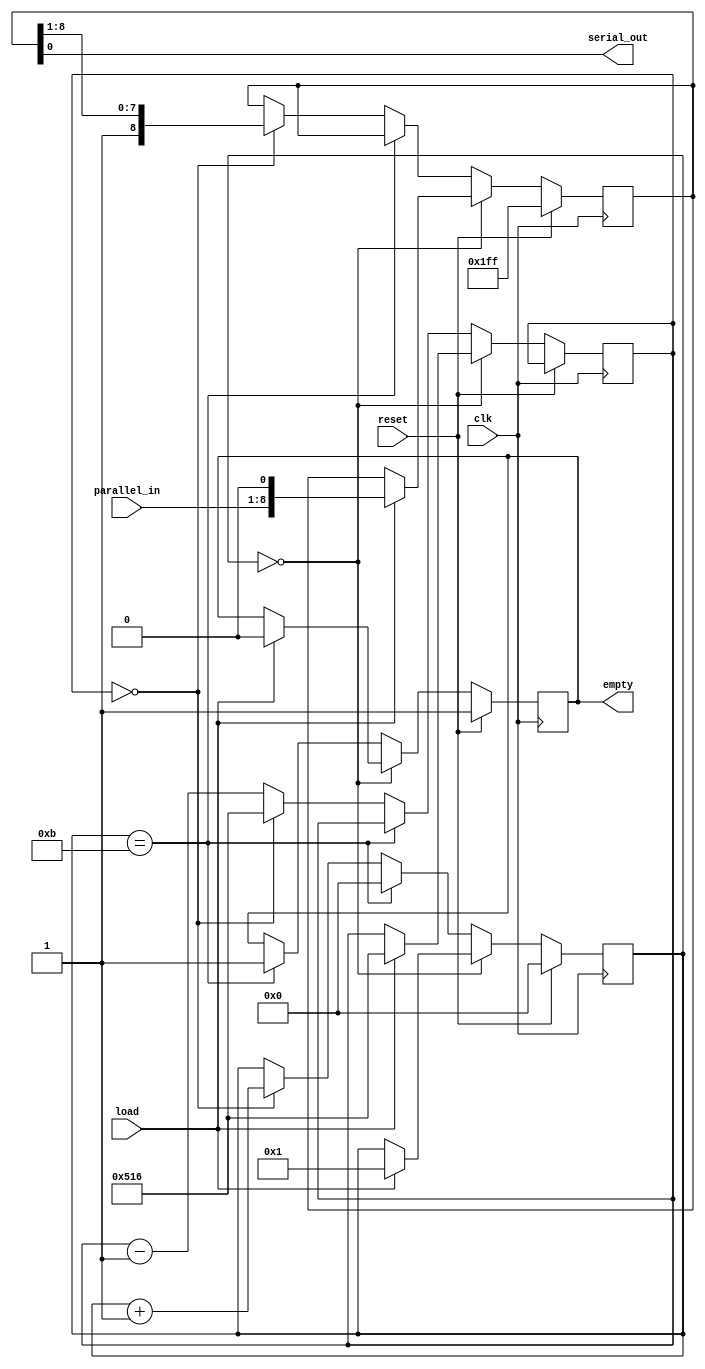
//
// xmt.v -- serial line transmitter
//


`timescale 1ns/10ps
`default_nettype none


module xmt(clk, reset, load, empty, parallel_in, serial_out);
    input clk;
    input reset;
    input load;
    output reg empty;
    input [7:0] parallel_in;
    output serial_out;

  reg [3:0] state;
  reg [8:0] shift;
  reg [10:0] count;

  assign serial_out = shift[0];

  always @(posedge clk) begin
    if (reset) begin
      state <= 4'h0;
      shift <= 9'b111111111;
      empty <= 1'b1;
    end else begin
      if (state == 4'h0) begin
        if (load) begin
          state <= 4'h1;
          shift <= { parallel_in, 1'b0 };
          count <= 11'd1302;
          empty <= 1'b0;
        end
      end else
      if (state == 4'hb) begin
        state <= 4'h0;
        empty <= 1'b1;
      end else begin
        if (count == 11'd0) begin
          state <= state + 4'h1;
          shift[8:0] <= { 1'b1, shift[8:1] };
          count <= 11'd1302;
        end else begin
          count <= count - 11'd1;
        end
      end
    end
  end

endmodule